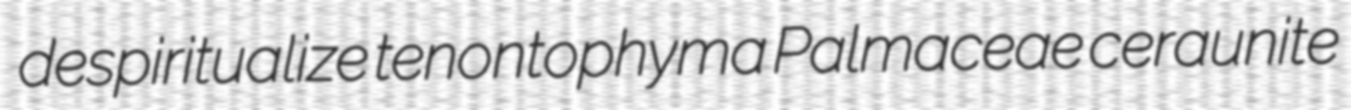
despiritualize tenontophyma Palmaceae ceraunite